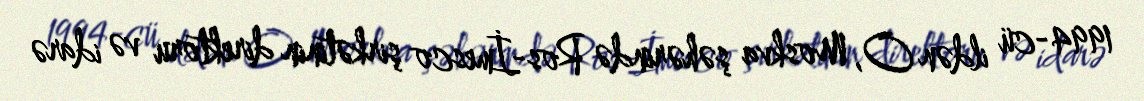
1994-cü ildən O, Moskva şəhərində Ros-İmesco şirkətinin direktoru və idarə